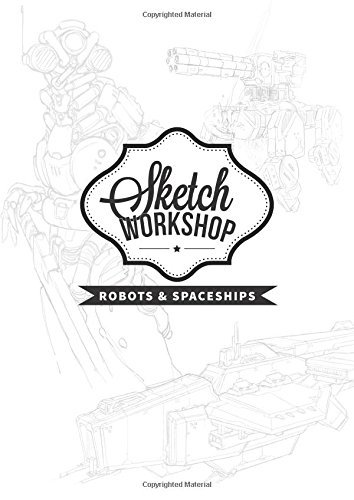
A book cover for Sketch Workshop: Robots & Spaceships; Arts & Photography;